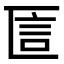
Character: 𠥵